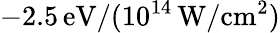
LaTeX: -2.5\, \mathrm{eV}/(10^{14}\, \mathrm{W/cm^{2}})